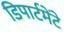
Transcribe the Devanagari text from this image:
डिपार्टमेंटे